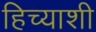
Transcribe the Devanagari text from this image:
हिच्‍याशी